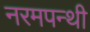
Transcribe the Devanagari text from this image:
नरमपन्थी